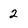
Character: 2